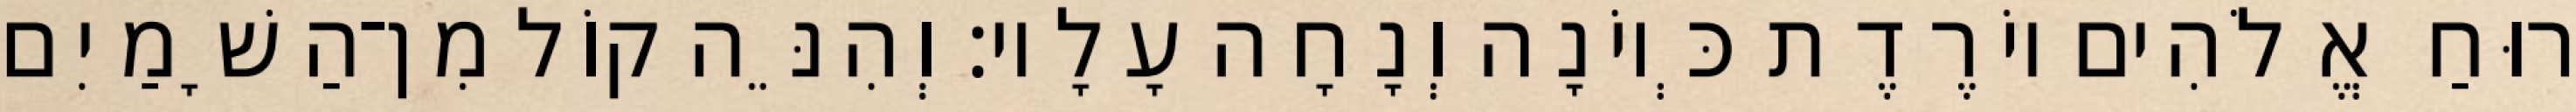
רוּחַ אֱלֹהִים יוֹרֶדֶת כְּיוֹנָה וְנָחָה עָלָיו׃ וְהִנֵּה קוֹל מִן־הַשָׁמַיִם